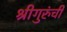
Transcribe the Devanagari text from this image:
श्रीगुरुंंची